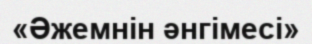
«Әжемнін әнгімесі»